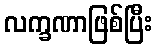
လက္ခဏာဖြစ်ပြီး